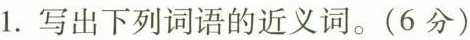
1. 写出下列词语的近义词。(6分)